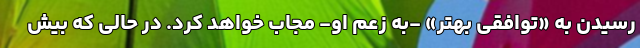
رسیدن به «توافقی بهتر» -به زعم او- مجاب خواهد کرد. در حالی که بیش